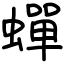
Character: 蟬